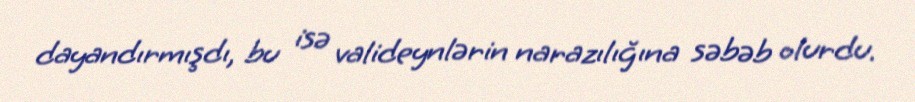
dayandırmışdı, bu isə valideynlərin narazılığına səbəb olurdu.